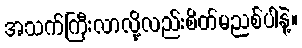
အသက်ကြီးလာလို့လည်းစိတ်မညစ်ပါနဲ့။